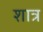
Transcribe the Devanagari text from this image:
शात्र